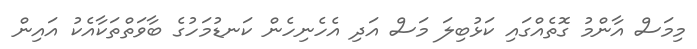
މިމަސް އާންމު ގޮތެއްގައި ކަޅުބިލަ މަސް އަދި އެހެނިހެން ކަނޑުމަހުގެ ބާވަތްތަކާއެކު އައިން